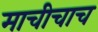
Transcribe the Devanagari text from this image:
माचीचाच